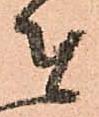
者